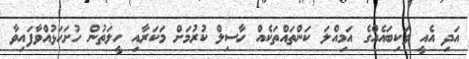
އަދި އެއީ ވަކިބައެއްގެ އަމިއްލަ ކަންތައްތަކެއް ހާސިލް ކުރުމަށް މަކަރާއި ހީލަތުން ހުށަހަޅުއްވާފައިވާ